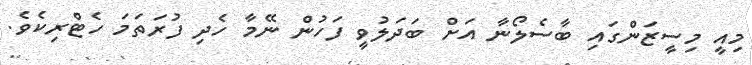
މިއީ މިސީޒަންގައި ބާސެލޯނާ އަށް ބަދަލުވީ ފަހުން ނޭމާ ހެދި ފުރަތަމަ ހެޓްރިކެވެ.